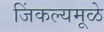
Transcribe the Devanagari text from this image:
जिंकल्यमूळे